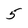
Character: 5